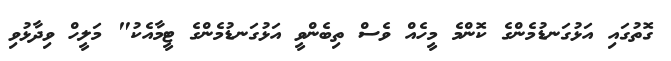
ގޮތުގައި އަޅުގަނޑުމެންގެ ކޮންމެ މީހެއް ވެސް ތިބެންވީ އަޅުގަނޑުމެންގެ ޓީމާއެކު" މަލީހް ވިދާޅުވި